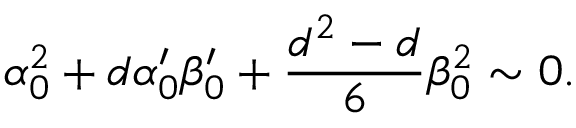
\alpha _ { 0 } ^ { 2 } + d \alpha _ { 0 } ^ { \prime } \beta _ { 0 } ^ { \prime } + { \frac { d ^ { 2 } - d } { 6 } } \beta _ { 0 } ^ { 2 } \sim 0 .